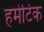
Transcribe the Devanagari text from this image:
हर्मेटिक